Report of the Municipal Commissioner on the plague in Bombay for the year ending 31st May... - Volume 1
Disease focus: Plague
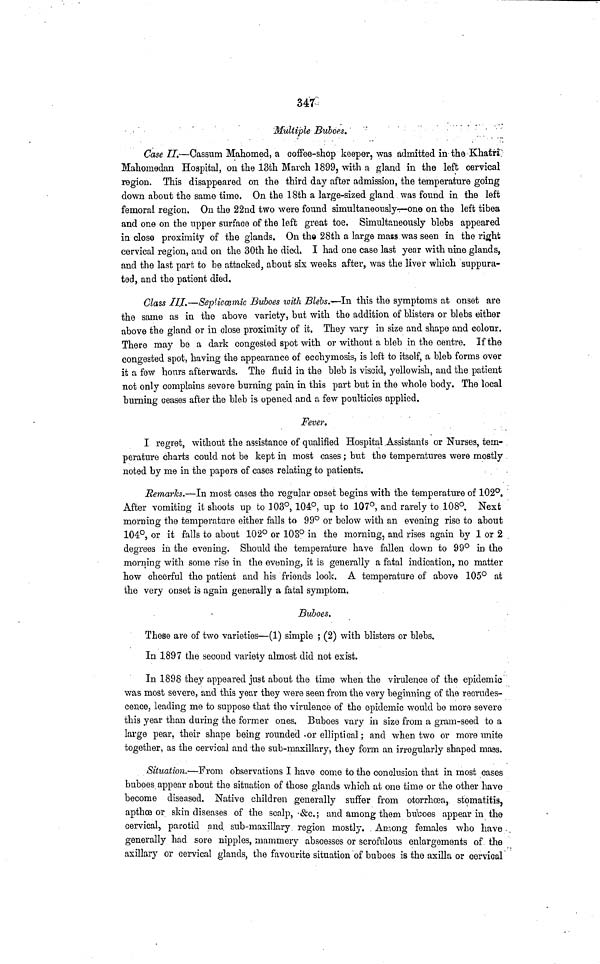
347
Multiple Buboes.
Case II.—Cassum Mahomed, a coffee-shop keeper, was admitted in the Khatri
Mahomedan Hospital, on the 13th March 1899, with a gland in the left cervical
region. This disappeared on the third day after admission, the temperature going
down about the same time. On the 18th a large-sized gland was found in the left
femoral region. On the 22nd two were found simultaneously·:—one on the left tibea
and one on the upper surface of the left great toe. Simultaneously blebs appeared
in close proximity of the glands. On the 28th a large mass was seen in the right
cervical region, and on the 30th he died. I had one case last year with nine glands,
and the last part to be attacked, about six weeks after, was the liver which suppura-
ted, and the patient died.
Class III.—Sepliccemic Buboes with Blebs.—In this the symptoms at onset are
the same as in the above variety, but with the addition of blisters or blebs either
above the gland or in close proximity of it. They vary in size and shape and colour.
There may be a dark congested spot with or without a bleb in the centre. If the
congested spot, having the appearance of ecchymosis, is left to itself, a bleb forms over
it a few hours afterwards. The fluid in the bleb is viscid, yellowish, and the patient
not only complains severe burning pain in this part but in the whole body. The local
burning ceases after the bleb is opened and a few poultioies applied.
Fever.
I regret, without the assistance of qualified Hospital Assistants or Nurses, tem-
perature charts could not be kept in most cases ; but the temperatures were mostly
noted by me in the papers of cases relating to patients.
Remarles.—In most cases the regular onset begins with the temperature of 102°.
After vomiting it shoots up to 103°, 104°, up to 107°, and rarely to 108°. Next
morning the temperature either falls to 99° or below with an evening rise to about
104°, or it falls to about 102° or 103° in the morning, and rises again by 1 or 2
degrees in the evening. Should the temperature have fallen down to 99° in the
morning with some rise in the evening, it is generally a fatal indication, no matter
how cheerful the patient and his friends look. A temperature of above 105° at
the very onset is again generally a fatal symptom.
Buboes.
These are of two varieties—(1) simple ; (2) with blisters or blebs.
In 1897 the second variety almost did not exist.
In 1898 they appeared just about the time when the virulence of the epidemic
was most severe, and this year they were seen from the very beginning of the recrudes-
cence, leading me to suppose that the virulence of the epidemic would be more severe
this year than during the former ones. Buboes vary in size from a gram-seed to a
large pear, their shape being rounded or elliptical; and when two or more unite
together, as the cervical and the sub-maxillary, they form an irregularly shaped mass.
Situation.—From observations I have come to the conclusion that in most cases
buboes appear about the situation of those glands which at one time or the other have
become diseased. Native children generally suffer from otorrhoea, stomatitis,
apthce or skin diseases of the scalp, &c.; and among them buboes appear in the
cervical, parotid and sub-maxillary region mostly. Among females who have
generally had sore nipples, mammery abscesses or scrofulous enlargements of the
axillary or cervical glands, the favourite situation of buboes is the axilla or cervical